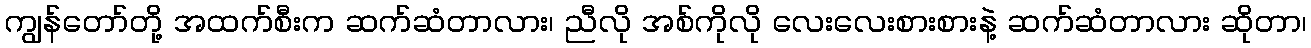
ကျွန်တော်တို့ အထက်စီးက ဆက်ဆံတာလား၊ ညီလို အစ်ကိုလို လေးလေးစားစားနဲ့ ဆက်ဆံတာလား ဆိုတာ၊